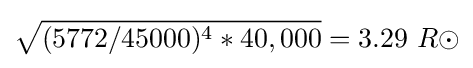
{\sqrt {(5772/45000)^{4}*40,000}}=3.29\ R\odot